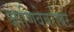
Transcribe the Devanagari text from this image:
जाणिवेबरोबर